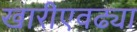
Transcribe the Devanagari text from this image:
खारीएवढ्या